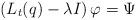
LaTeX: \begin{align*}\left( L_{t}(q)-\lambda I\right) \varphi=\Psi\end{align*}